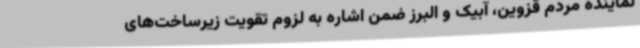
نماینده مردم قزوین، آبیک و البرز ضمن اشاره به لزوم تقویت زیرساخت‌های